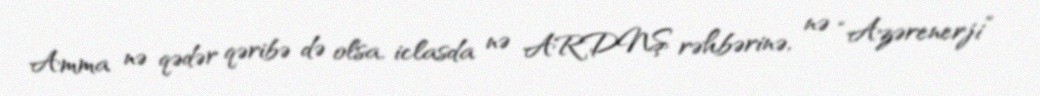
Amma nə qədər qəribə də olsa, iclasda nə ARDNŞ rəhbərinə, nə “Azərenerji”